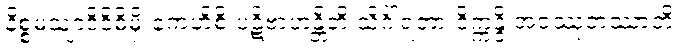
နိစ္စမသျာဒိဝိဓိမှိ ကေဟိစိ ပဋိဗာဟန္တီတိ သိင်္ဂါရတာ ဝိက္ကန္ဒိ အဝဿုတဿာတိ